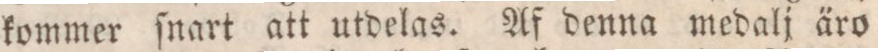
kommer ſnart att utdelas. Af denna medalj äro